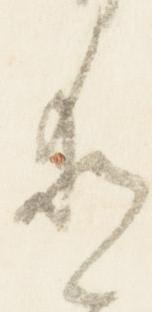
愛